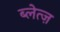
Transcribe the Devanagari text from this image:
ब्लेत्ज़